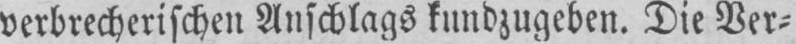
verbrecherischen Anschlags kundzugeben. Die Ver⸗